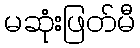
မဆုံးဖြတ်မီ